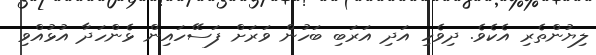
ލިޔުންތެރި އެކެވެ. ދިވެހި އަދި އަރަބި ބަހުން ވަރަށް ފަސޭހައިން ޅެންހަދާ އުޅުއްވި